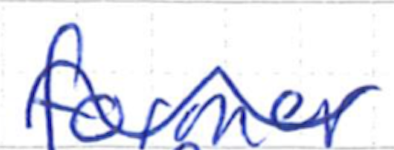
Text: former
Cross-out: wave
Writing tool: ballpoint